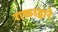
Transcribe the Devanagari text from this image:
राक्ताद्वारे